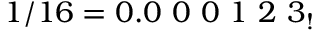
1 / 1 6 = 0 . 0 \ 0 \ 0 \ 1 \ 2 \ 3 _ { ! }